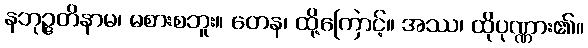
နဘုဉ္ဇတိနာမ၊ မစားစဘူး။ တေန၊ ထို့ကြောင့်။ အဿ၊ ထိုပုဏ္ဏား၏။